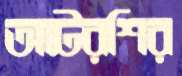
আটরশির